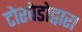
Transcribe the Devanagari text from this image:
टोरपेडोद्वारा